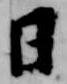
日